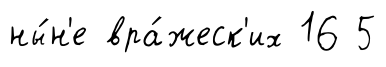
ны́н'е вра́жеск'их 16 5